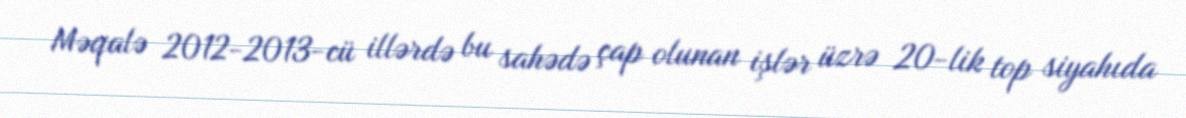
Məqalə 2012-2013-cü illərdə bu sahədə çap olunan işlər üzrə 20-lik top siyahıda